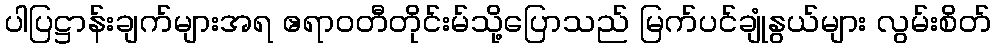
ပါပြဋ္ဌာန်းချက်များအရ ဧရာဝတီတိုင်းမ်သို့ပြောသည် မြက်ပင်ချုံနွယ်များ လွမ်းစိတ်